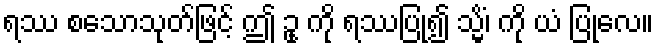
ရဿ စသောသုတ်ဖြင့် ဤ ဥု ကို ရဿပြု၍ သ္မိံ၊ ကို ယံ ပြုလေ။